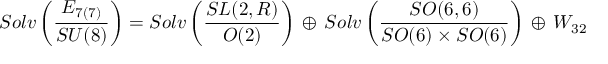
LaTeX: S o l v \left( \frac { E _ { 7 ( 7 ) } } { S U ( 8 ) } \right) = S o l v \left( \frac { S L ( 2 , R ) } { O ( 2 ) } \right) \, \oplus \, S o l v \left( \frac { S O ( 6 , 6 ) } { S O ( 6 ) \times S O ( 6 ) } \right) \, \oplus \, { \cal W } _ { 3 2 }